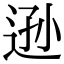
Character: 逊